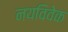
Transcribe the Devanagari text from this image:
नयविवेक